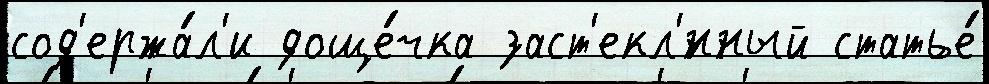
сод'ержа́л'и доще́чка заст'екл'́нный статье́